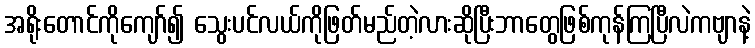
အရိုးတောင်ကိုကျော်၍ သွေးပင်လယ်ကိုဖြတ်မည်တဲ့လားဆိုပြီးဘာတွေဖြစ်ကုန်ကြပြီလဲကဗျာနဲ့